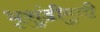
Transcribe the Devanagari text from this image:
भृशुंडीमुनी